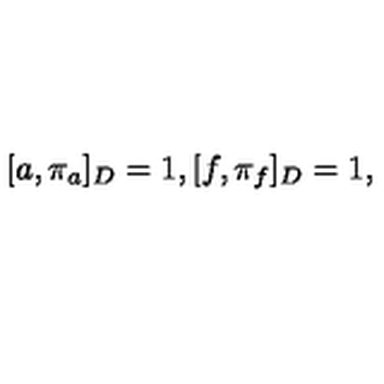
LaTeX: [ a , \pi _ { a } ] _ { D } = 1 , [ f , \pi _ { f } ] _ { D } = 1 ,